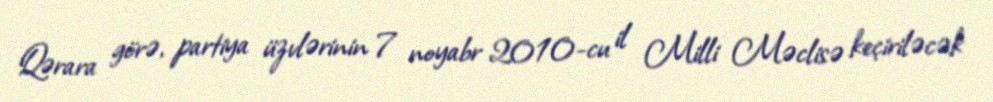
Qərara görə, partiya üzvlərinin 7 noyabr 2010-cu il Milli Məclisə keçiriləcək